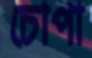
চোপা